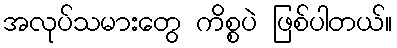
အလုပ်သမားတွေ ကိစ္စပဲ ဖြစ်ပါတယ်။